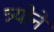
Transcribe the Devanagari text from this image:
त्र्योने